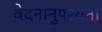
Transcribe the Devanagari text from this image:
वेदनानुपश्यना